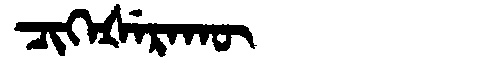
Manchu: ᠴᡳᡴᡝᡧᡝᡵᠠᡴᡡ
Romanization: CIKEŠERAKŪ